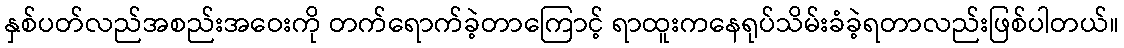
နှစ်ပတ်လည်အစည်းအဝေးကို တက်ရောက်ခဲ့တာကြောင့် ရာထူးကနေရုပ်သိမ်းခံခဲ့ရတာလည်းဖြစ်ပါတယ်။